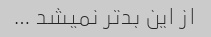
از این بدتر نمیشد …